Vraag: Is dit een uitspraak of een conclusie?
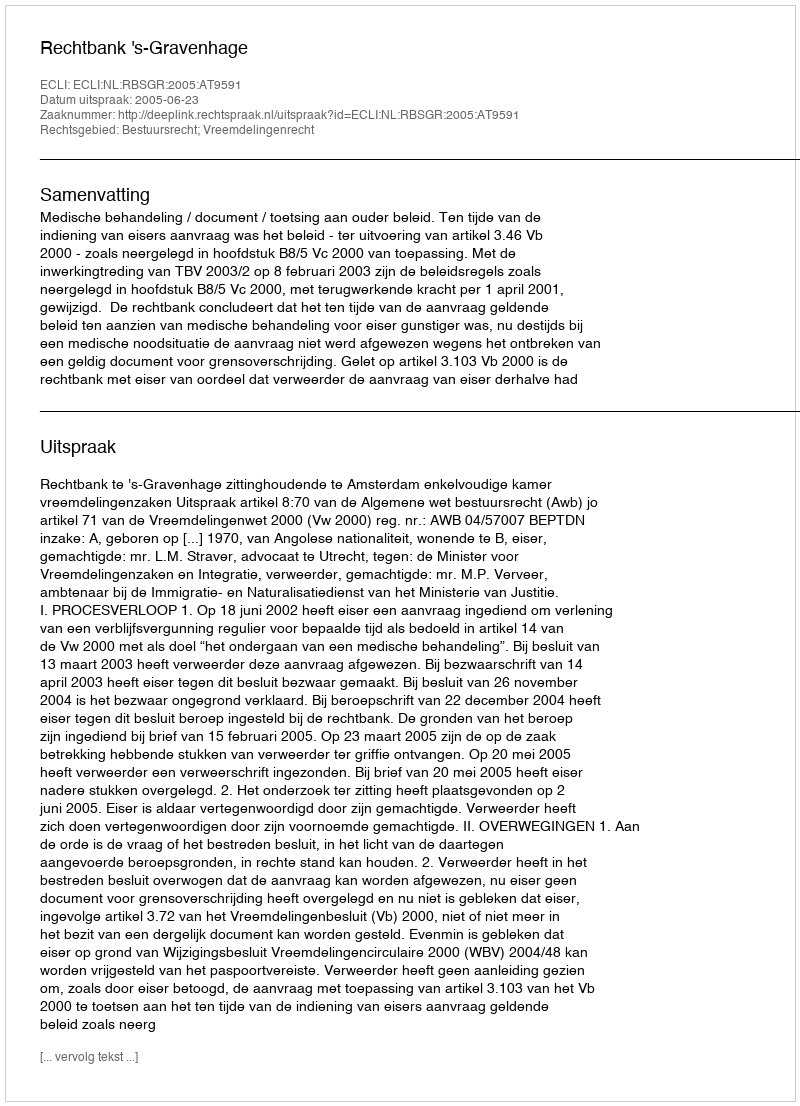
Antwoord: Uitspraak